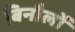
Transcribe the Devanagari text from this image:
बिनौलों